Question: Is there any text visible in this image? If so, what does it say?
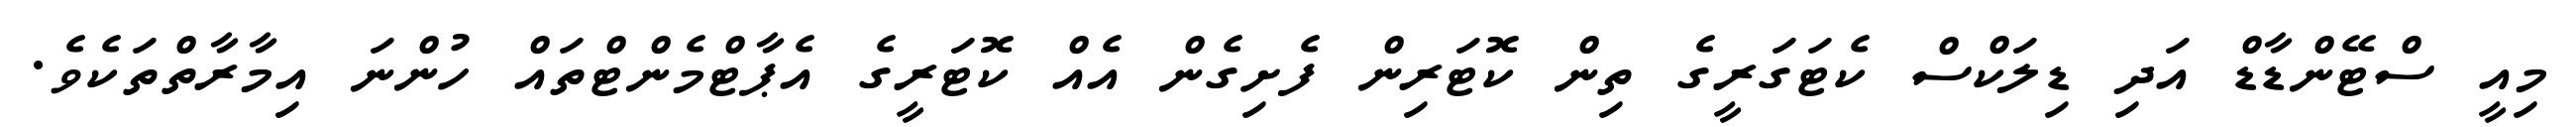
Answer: މިއީ ސްޓޭންޑާޑް އަދި ޑިލަކްސް ކެޓަގަރީގެ ތިން ކޮޓަރިން ފެށިގެން އެއް ކޮޓަރީގެ އެޕާޓްމެންޓްތައް ހުންނަ އިމާރާތްތަކެވެ.